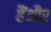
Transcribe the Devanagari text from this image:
हैंऔऱ